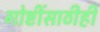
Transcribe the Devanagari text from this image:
गोष्टींसाठीही